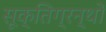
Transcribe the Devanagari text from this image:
सूक्तिग्रन्थों